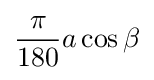
{\frac {\pi }{180}}a\cos \beta \,\!